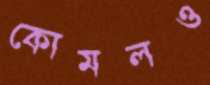
কোমলও